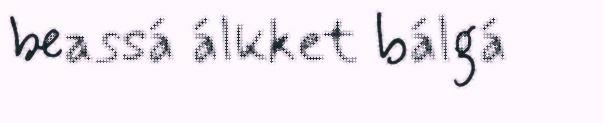
beassá álkket bálgá